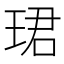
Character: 珺